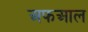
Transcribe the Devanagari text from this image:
अफआल